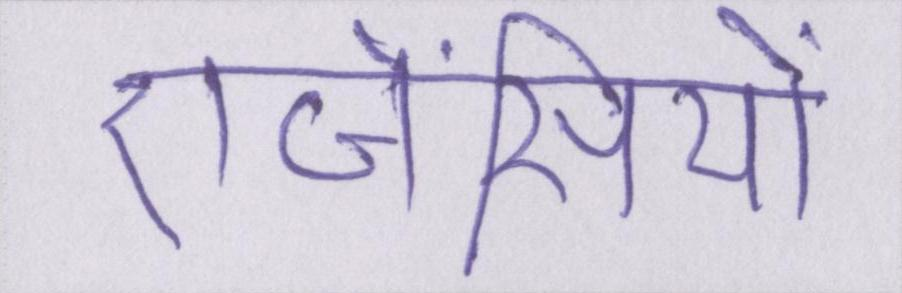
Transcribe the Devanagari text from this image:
एजेंसियों